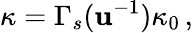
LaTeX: \kappa=\Gamma_{s}(\mathbf{u}^{-1})\kappa_{0}\, ,